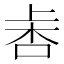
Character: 𣑾